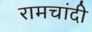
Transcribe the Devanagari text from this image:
रामचांदी